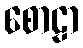
စောဠာ